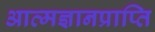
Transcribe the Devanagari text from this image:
आत्मज्ञानप्राप्ति